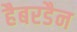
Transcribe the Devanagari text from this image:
हैबरडैन